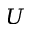
U